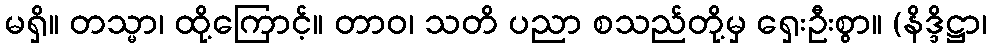
မရှိ။ တသ္မာ၊ ထို့ကြောင့်။ တာဝ၊ သတိ ပညာ စသည်တို့မှ ရှေးဦးစွာ။ (နိဒ္ဒိဋ္ဌာ၊